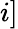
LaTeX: i]